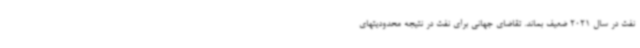
نفت در سال 2021 ضعیف بماند. تقاضای جهانی برای نفت در نتیجه محدودیتهای